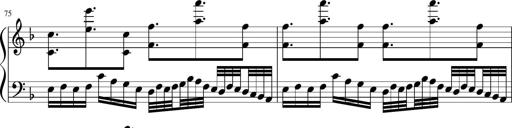
Title: Sonatina in F major
Composer: Ethan Ngo
Key: F major